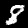
Digit: 8